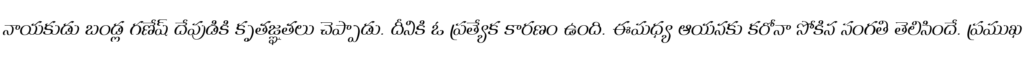
నాయకుడు బండ్ల గణేష్ దేవుడికి కృతజ్ఞతలు చెప్పాడు. దీనికి ఓ ప్రత్యేక కారణం ఉంది. ఈమధ్య ఆయనకు కరోనా సోకిన సంగతి తెలిసిందే. ప్రముఖ